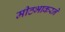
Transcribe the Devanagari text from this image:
मीठभाकरने